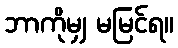
ဘာကိုမျှ မမြင်ရ။